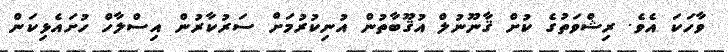
ވާހަކަ އެވެ. ރިޝްވަތުގެ ކުށް ޤާނޫނުލް އުޤޫބާތުން އުނިކުރުމަށް ސަރުކާރުން އިސްލާހް ހުށައެޅިކަން